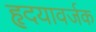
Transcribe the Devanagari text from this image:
हृदयावर्जक